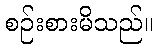
စဉ်းစားမိသည်။